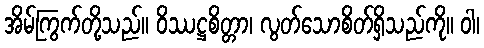
အိမ်ကြွက်တို့သည်။ ဝိဿဋ္ဌစိတ္တာ၊ လွတ်သောစိတ်ရှိသည်ကို။ ဝါ၊